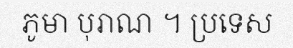
ភូមា បុរាណ ។ ប្រទេស